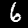
Label: 6